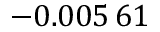
- 0 . 0 0 5 \, 6 1